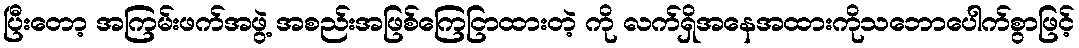
ပြီးတော့ အကြမ်းဖက်အဖွဲ့ အစည်းအဖြစ်ကြေငြာထားတဲ့ ကို လက်ရှိအနေအထားကိုသဘောပေါက်စွာဖြင့်